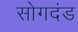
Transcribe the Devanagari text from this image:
सोगदंड